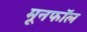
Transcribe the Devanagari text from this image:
मूनफॉल